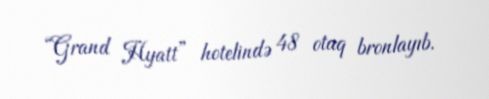
“Grand Hyatt” hotelində 48 otaq bronlayıb.